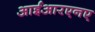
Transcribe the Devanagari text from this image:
आईआरएनए